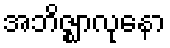
အဘိဇ္ဈာလုနော